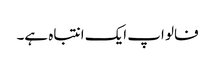
فالو اپ ایک انتباہ ہے۔